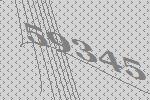
59345